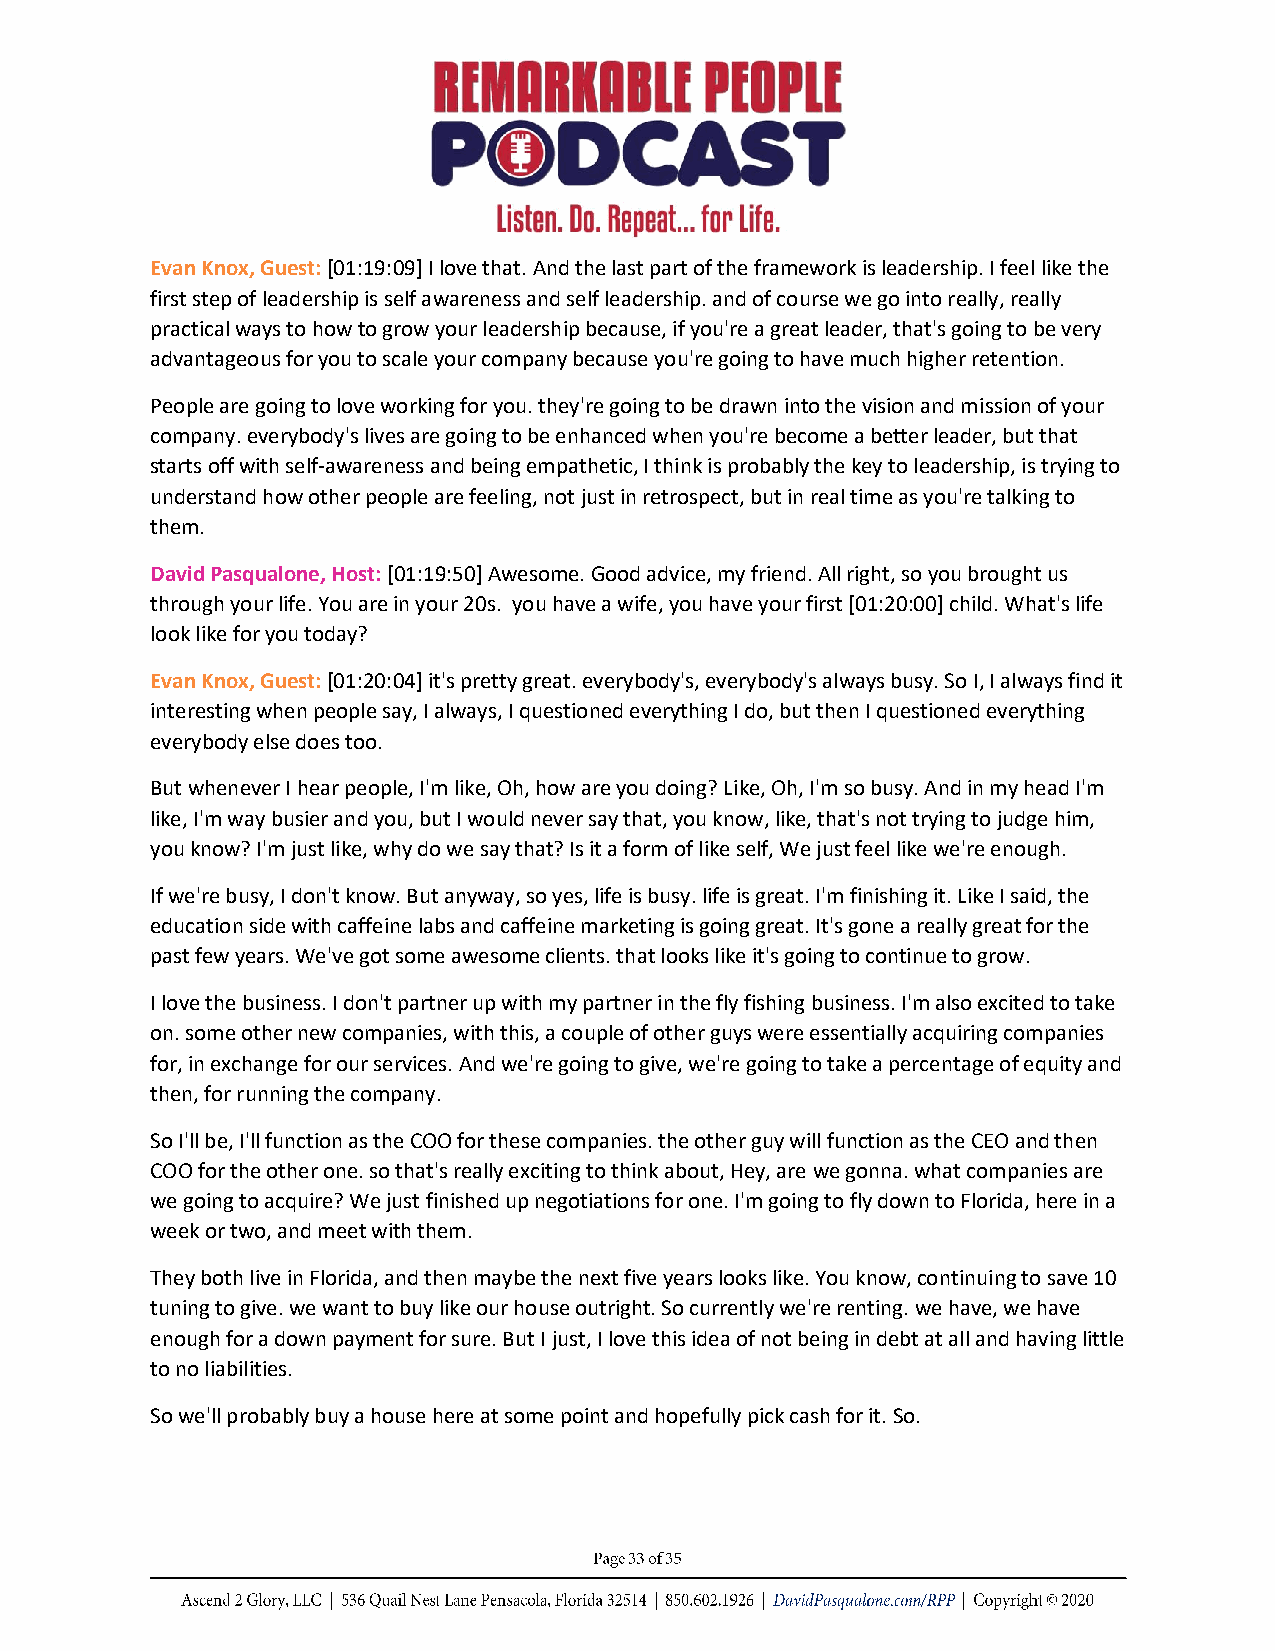
Evan Knox, Guest: [01:19:09] I love that. And the last part of the framework is leadership. I feel like the
 first step of leadership is self awareness and self leadership. and of course we go into really, really
 practical ways to how to grow your leadership because, if you're a great leader, that's going to be very
 advantageous for you to scale your company because you're going to have much higher retention.
 People are going to love working for you. they're going to be drawn into the vision and mission of your
 company. everybody's lives are going to be enhanced when you're become a better leader, but that
 starts off with self-awareness and being empathetic, I think is probably the key to leadership, is trying to
 understand how other people are feeling, not just in retrospect, but in real time as you're talking to
 them.
 David Pasqualone, Host: [01:19:50] Awesome. Good advice, my friend. All right, so you brought us
 through your life. You are in your 20s. you have a wife, you have your first [01:20:00] child. What's life
 look like for you today?
 Evan Knox, Guest: [01:20:04] it's pretty great. everybody's, everybody's always busy. So I, I always find it
 interesting when people say, I always, I questioned everything I do, but then I questioned everything
 everybody else does too.
 But whenever I hear people, I'm like, Oh, how are you doing? Like, Oh, I'm so busy. And in my head I'm
 like, I'm way busier and you, but I would never say that, you know, like, that's not trying to judge him,
 you know? I'm just like, why do we say that? Is it a form of like self, We just feel like we're enough.
 If we're busy, I don't know. But anyway, so yes, life is busy. life is great. I'm finishing it. Like I said, the
 education side with caffeine labs and caffeine marketing is going great. It's gone a really great for the
 past few years. We've got some awesome clients. that looks like it's going to continue to grow.
 I love the business. I don't partner up with my partner in the fly fishing business. I'm also excited to take
 on. some other new companies, with this, a couple of other guys were essentially acquiring companies
 for, in exchange for our services. And we're going to give, we're going to take a percentage of equity and
 then, for running the company.
 So I'll be, I'll function as the COO for these companies. the other guy will function as the CEO and then
 COO for the other one. so that's really exciting to think about, Hey, are we gonna. what companies are
 we going to acquire? We just finished up negotiations for one. I'm going to fly down to Florida, here in a
 week or two, and meet with them.
 They both live in Florida, and then maybe the next five years looks like. You know, continuing to save 10
 tuning to give. we want to buy like our house outright. So currently we're renting. we have, we have
 enough for a down payment for sure. But I just, I love this idea of not being in debt at all and having little
 to no liabilities.
 So we'll probably buy a house here at some point and hopefully pick cash for it. So.